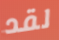
لقد